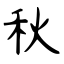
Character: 秋